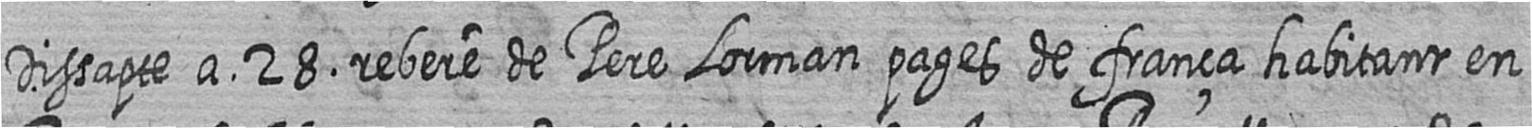
Dissapte a 28 rebere de Pere Lorman pages de frança habitant en